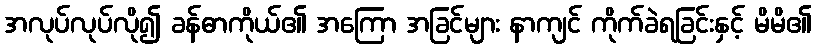
အလုပ်လုပ်လို၍ ခန်ဓာကိုယ်၏ အကြော အခြင်များ နာကျင် ကိုက်ခဲရခြင်းနှင့် မိမိ၏